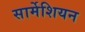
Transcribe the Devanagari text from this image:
सार्मेशियन